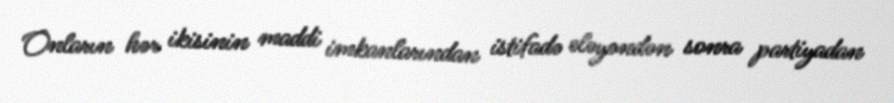
Onların hər ikisinin maddi imkanlarından istifadə eləyəndən sonra partiyadan